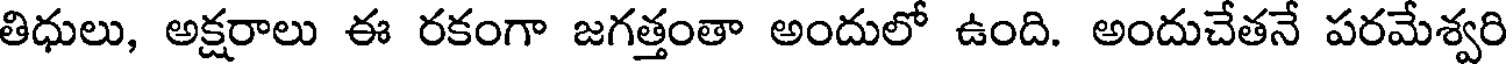
తిధులు, అక్షరాలు ఈ రకంగా జగత్తంతా అందులో ఉంది. అందుచేతనే పరమేశ్వరి